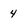
Character: 4